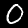
Label: 0